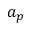
a _ { p }